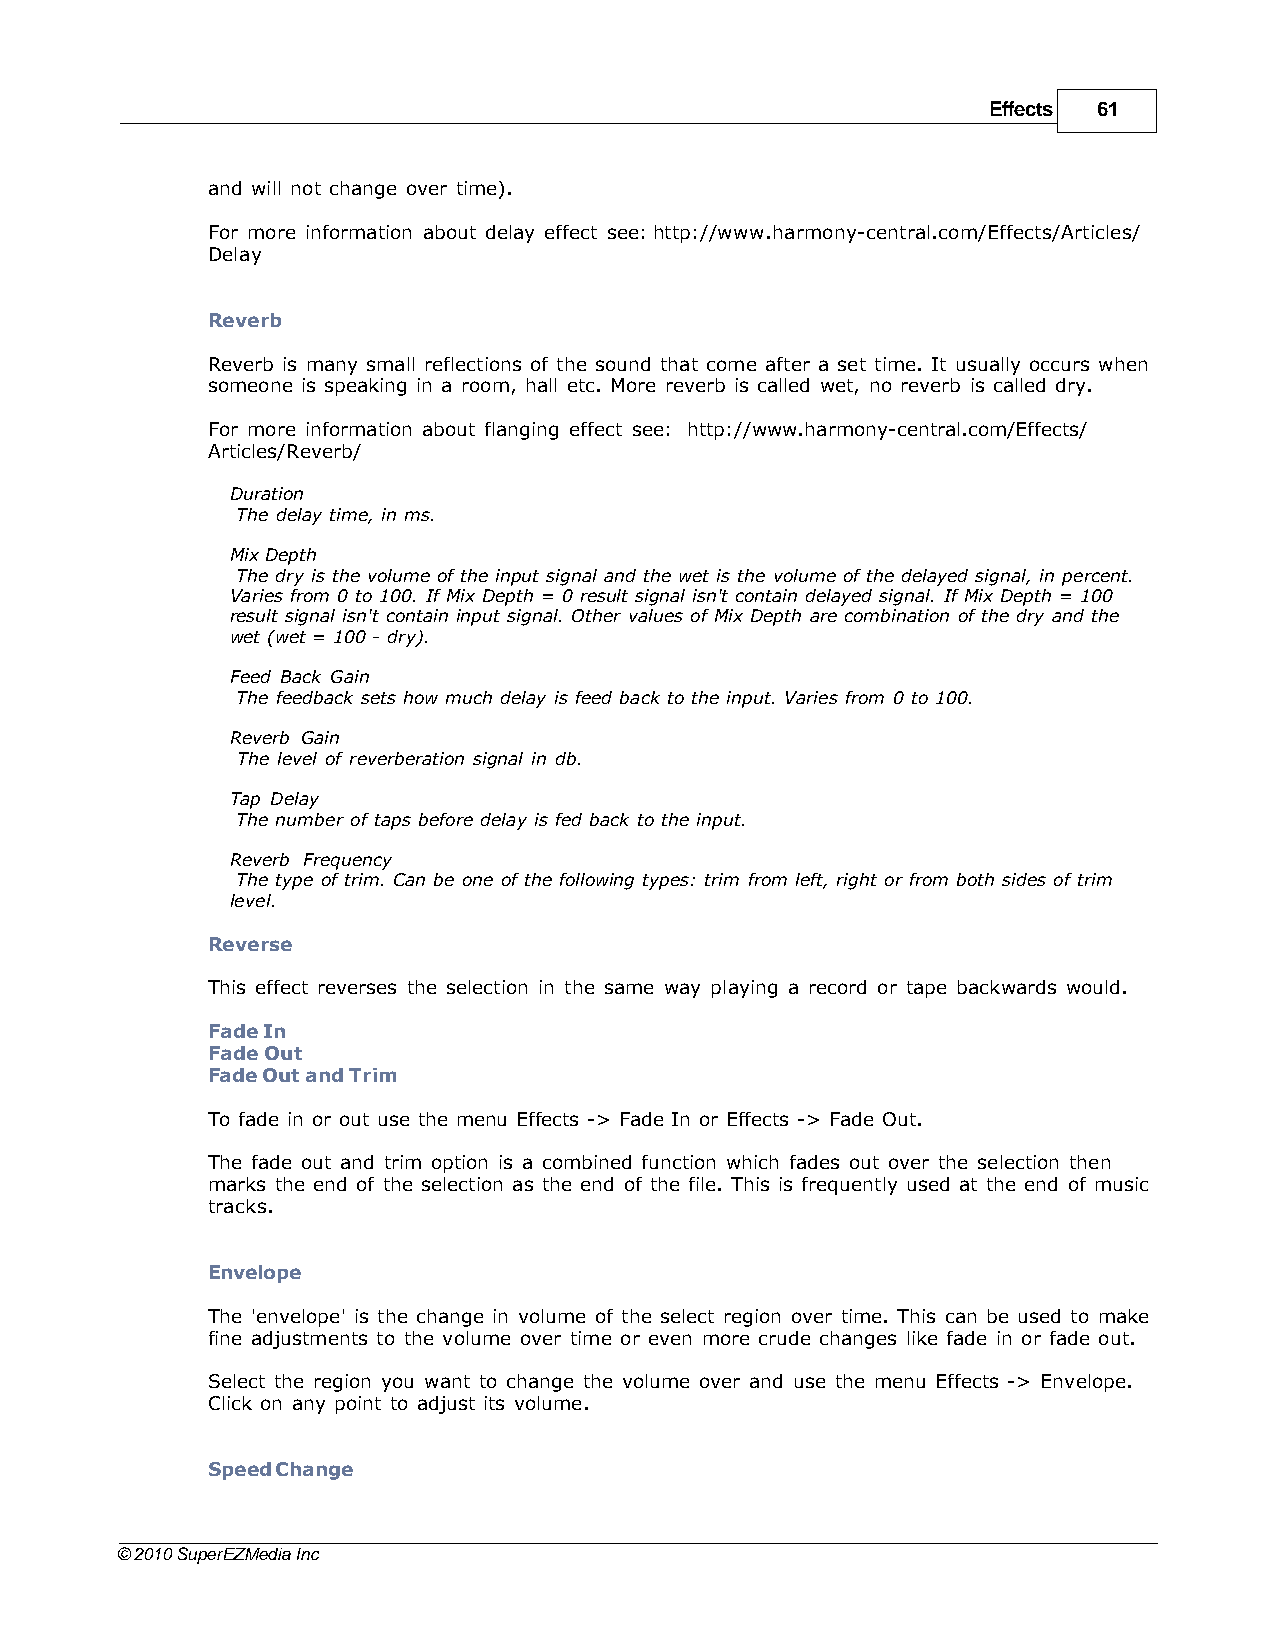
Effects 61
 and will not change over time).
 For more information about delay effect see: http://www.harmony-central.com/Effects/Articles/
 Delay
 Reverb
 Reverb is many small reflections of the sound that come after a set time. It usually occurs when
 someone is speaking in a room, hall etc. More reverb is called wet, no reverb is called dry.
 For more information about flanging effect see: http://www.harmony-central.com/Effects/
 Articles/Reverb/
 Duration
 The delay time, in ms.
 Mix Depth
 The dry is the volume of the input signal and the wet is the volume of the delayed signal, in percent.
 Varies from 0 to 100. If Mix Depth = 0 result signal isn't contain delayed signal. If Mix Depth = 100
 result signal isn't contain input signal. Other values of Mix Depth are combination of the dry and the
 wet (wet = 100 - dry).
 Feed Back Gain
 The feedback sets how much delay is feed back to the input. Varies from 0 to 100.
 Reverb Gain
 The level of reverberation signal in db.
 Tap Delay
 The number of taps before delay is fed back to the input.
 Reverb Frequency
 The type of trim. Can be one of the following types: trim from left, right or from both sides of trim
 level.
 Reverse
 This effect reverses the selection in the same way playing a record or tape backwards would.
 Fade In
 Fade Out
 Fade Out and Trim
 To fade in or out use the menu Effects -> Fade In or Effects -> Fade Out.
 The fade out and trim option is a combined function which fades out over the selection then
 marks the end of the selection as the end of the file. This is frequently used at the end of music
 tracks.
 Envelope
 The 'envelope' is the change in volume of the select region over time. This can be used to make
 fine adjustments to the volume over time or even more crude changes like fade in or fade out.
 Select the region you want to change the volume over and use the menu Effects -> Envelope.
 Click on any point to adjust its volume.
 Speed Change
 © 2010 SuperEZMedia Inc